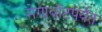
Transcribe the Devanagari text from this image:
मेगावॉटपर्यंत